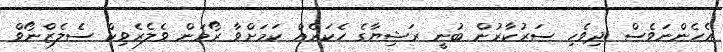
އެހެންނަވެސް ދިވެހި ސަރުކާރުން ބުނީ ރަޝިޔާގެ ހެކަރެއް ކަމަށްވާ ރޯމަން ވެލެރެވިކް ސެލެޒްނޯވް